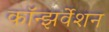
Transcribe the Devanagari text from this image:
कॉन्झर्वेशन